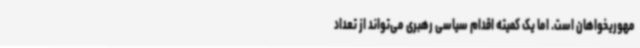
مهوریخواهان است. اما یک کمیته اقدام سیاسی رهبری می‌تواند از تعداد